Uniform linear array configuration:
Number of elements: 12
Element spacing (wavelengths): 0.25
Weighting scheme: exponential
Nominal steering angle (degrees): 60
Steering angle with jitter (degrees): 58.213
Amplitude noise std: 0.05
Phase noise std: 0.05

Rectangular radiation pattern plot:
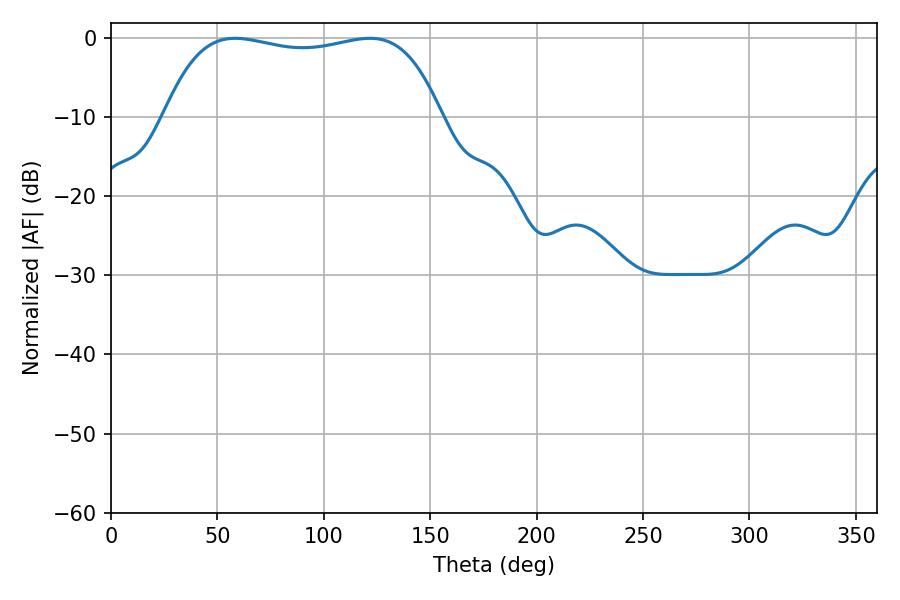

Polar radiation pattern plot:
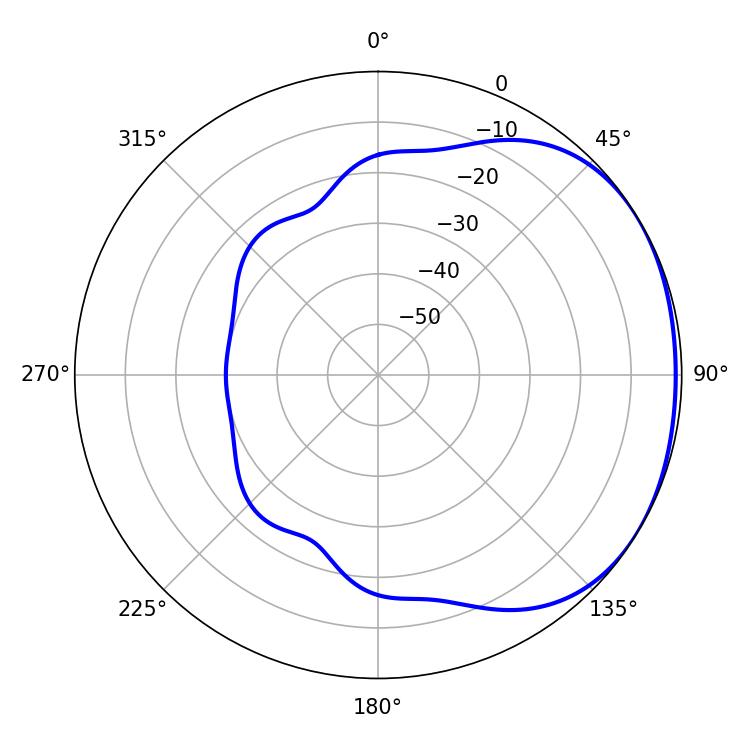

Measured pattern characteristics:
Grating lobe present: FALSE
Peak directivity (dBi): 1.457
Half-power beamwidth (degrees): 104.4
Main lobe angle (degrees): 58.32